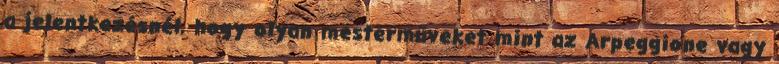
a jelentkezésnél, hogy olyan mesterműveket mint az Arpeggione vagy